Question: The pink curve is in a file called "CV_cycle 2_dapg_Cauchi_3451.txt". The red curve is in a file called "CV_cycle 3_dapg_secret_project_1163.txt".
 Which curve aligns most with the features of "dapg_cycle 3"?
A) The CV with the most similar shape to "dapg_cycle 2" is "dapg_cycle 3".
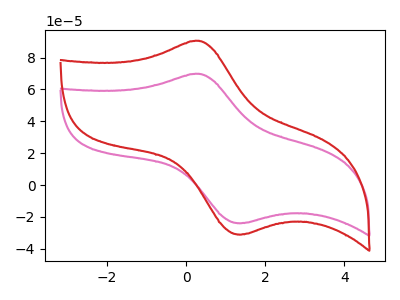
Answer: <think>The pink curve "dapg_cycle 2" has an anodic peak at (0.30V, 69.80uA) and a cathodic peak at (1.45V, -23.85uA). The red curve "dapg_cycle 3" has an anodic peak at (0.30V, 90.50uA) and a cathodic peak at (1.45V, -30.90uA).
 All the peaks in "dapg_cycle 2" have a peak in "dapg_cycle 3" at the same potential. Every peak in "dapg_cycle 2" is lower than every peak in "dapg_cycle 3".</think>
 <answer>A) The CV with the most similar shape to "dapg_cycle 2" is "dapg_cycle 3".</answer>
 <eval>A</eval>